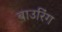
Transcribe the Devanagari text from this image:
बाउरिंग